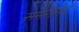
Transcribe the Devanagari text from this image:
समरानंद